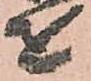
を